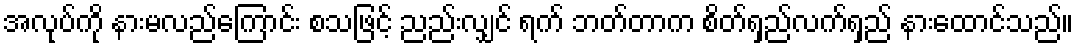
အလုပ်ကို နားမလည်ကြောင်း စသဖြင့် ညည်းလျှင် ရက် ဘတ်တာက စိတ်ရှည်လက်ရှည် နားထောင်သည်။